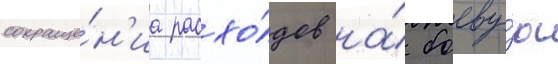
сокраще́н'иа расхо́дов на́ боеву́ю